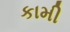
કામી